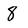
Character: 8